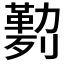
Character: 𰅅